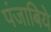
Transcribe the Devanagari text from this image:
पंजाबिये